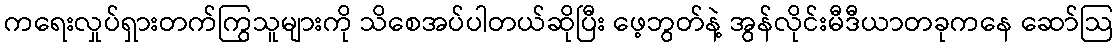
ကရေးလှုပ်ရှားတက်ကြွသူများကို သိစေအပ်ပါတယ်ဆိုပြီး ဖေ့ဘွတ်နဲ့ အွန်လိုင်းမီဒီယာတခုကနေ ဆော်သြ